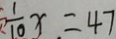
\frac { 1 } { 1 0 } x = 4 7